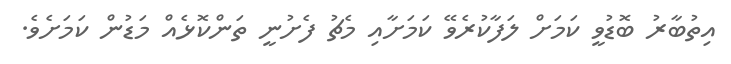
އިތުބާރު ބޮޑުވީ ކަމަށް ލަފާކުރެވޭ ކަމަށާއި މެޗު ފެށުނީ ތަންކޮޅެއް މަޑުން ކަމަށެވެ.